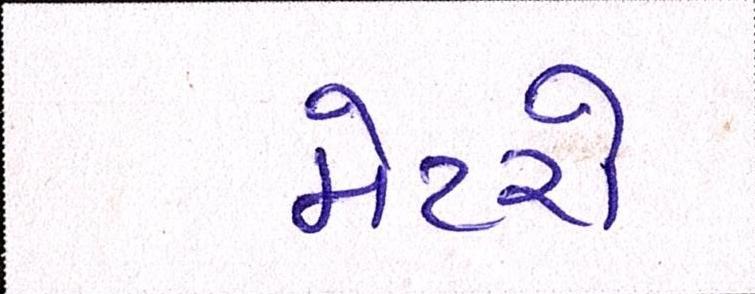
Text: મેટરો